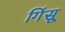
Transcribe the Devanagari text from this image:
गिंसू